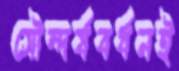
সৌন্দর্যবর্ধনই